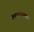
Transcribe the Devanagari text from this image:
कलाध्यापक